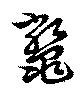
鼈